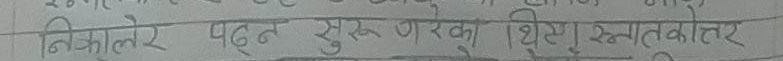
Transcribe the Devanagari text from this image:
निकोलेरे पढ्न सुरु गरका थिसए स्नातकोत्तर